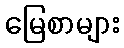
မြေစာများ